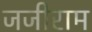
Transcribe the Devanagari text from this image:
जिंजीराम